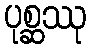
ပုစ္ဆဿု